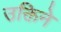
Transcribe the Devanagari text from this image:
उक्तिने